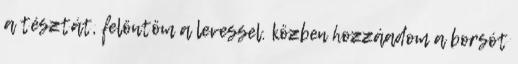
a tésztát, felöntöm a levessel. közben hozzáadom a borsót